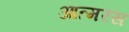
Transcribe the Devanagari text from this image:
आत्मरस